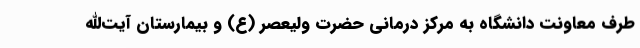
طرف معاونت دانشگاه به مرکز درمانی حضرت ولیعصر (ع) و بیمارستان آیت‌الله